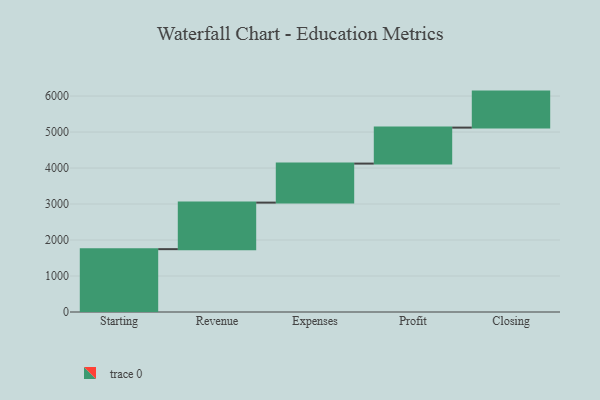
{"axis": {"x": "Step", "y": "Value"}, "legend": [""], "data": [{"x": "Starting", "y": 1746.0, "type": ""}, {"x": "Revenue", "y": 1293.0, "type": ""}, {"x": "Expenses", "y": 1084.0, "type": ""}, {"x": "Profit", "y": 1000, "type": ""}, {"x": "Closing", "y": 1000, "type": ""}]}